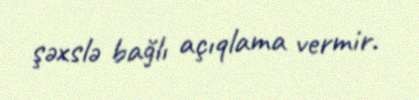
şəxslə bağlı açıqlama vermir.